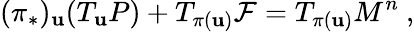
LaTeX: (\pi_{*})_{\mathbf{u}}(T_{\mathbf{u}}P)+T_{\pi(\mathbf{u})}{\mathcal{F}}=T_{\pi(\mathbf{u})}M^{n}\ ,